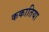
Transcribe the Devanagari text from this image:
ककातिया